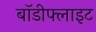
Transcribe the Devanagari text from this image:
बॉडीफ्लाइट